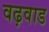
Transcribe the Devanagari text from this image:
वढ़वाड